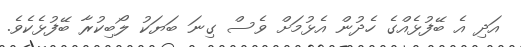
އަދި އެ ބޭފުޅެއްގެ ހެދުން އެޅުމަށް ވެސް ގިނަ ބަޔަކު ލޯބިކުރާ ބޭފުޅެކެވެ.